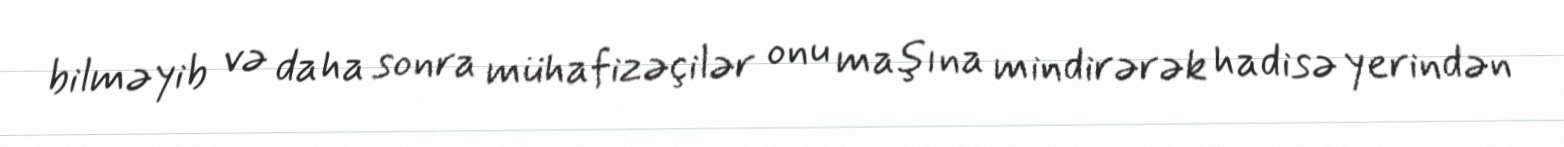
bilməyib və daha sonra mühafizəçilər onu maşına mindirərək hadisə yerindən